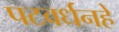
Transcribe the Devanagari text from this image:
पटवर्धनहे